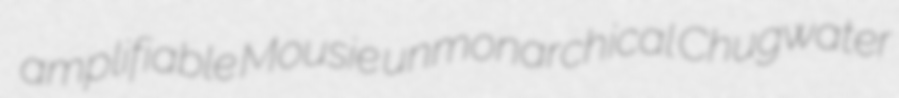
amplifiable Mousie unmonarchical Chugwater